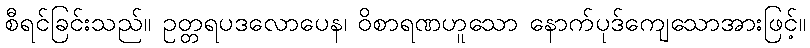
စီရင်ခြင်းသည်။ ဥတ္တရပဒလောပေန၊ ဝိစာရဏဟူသော နောက်ပုဒ်ကျေသောအားဖြင့်။